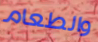
والطعام